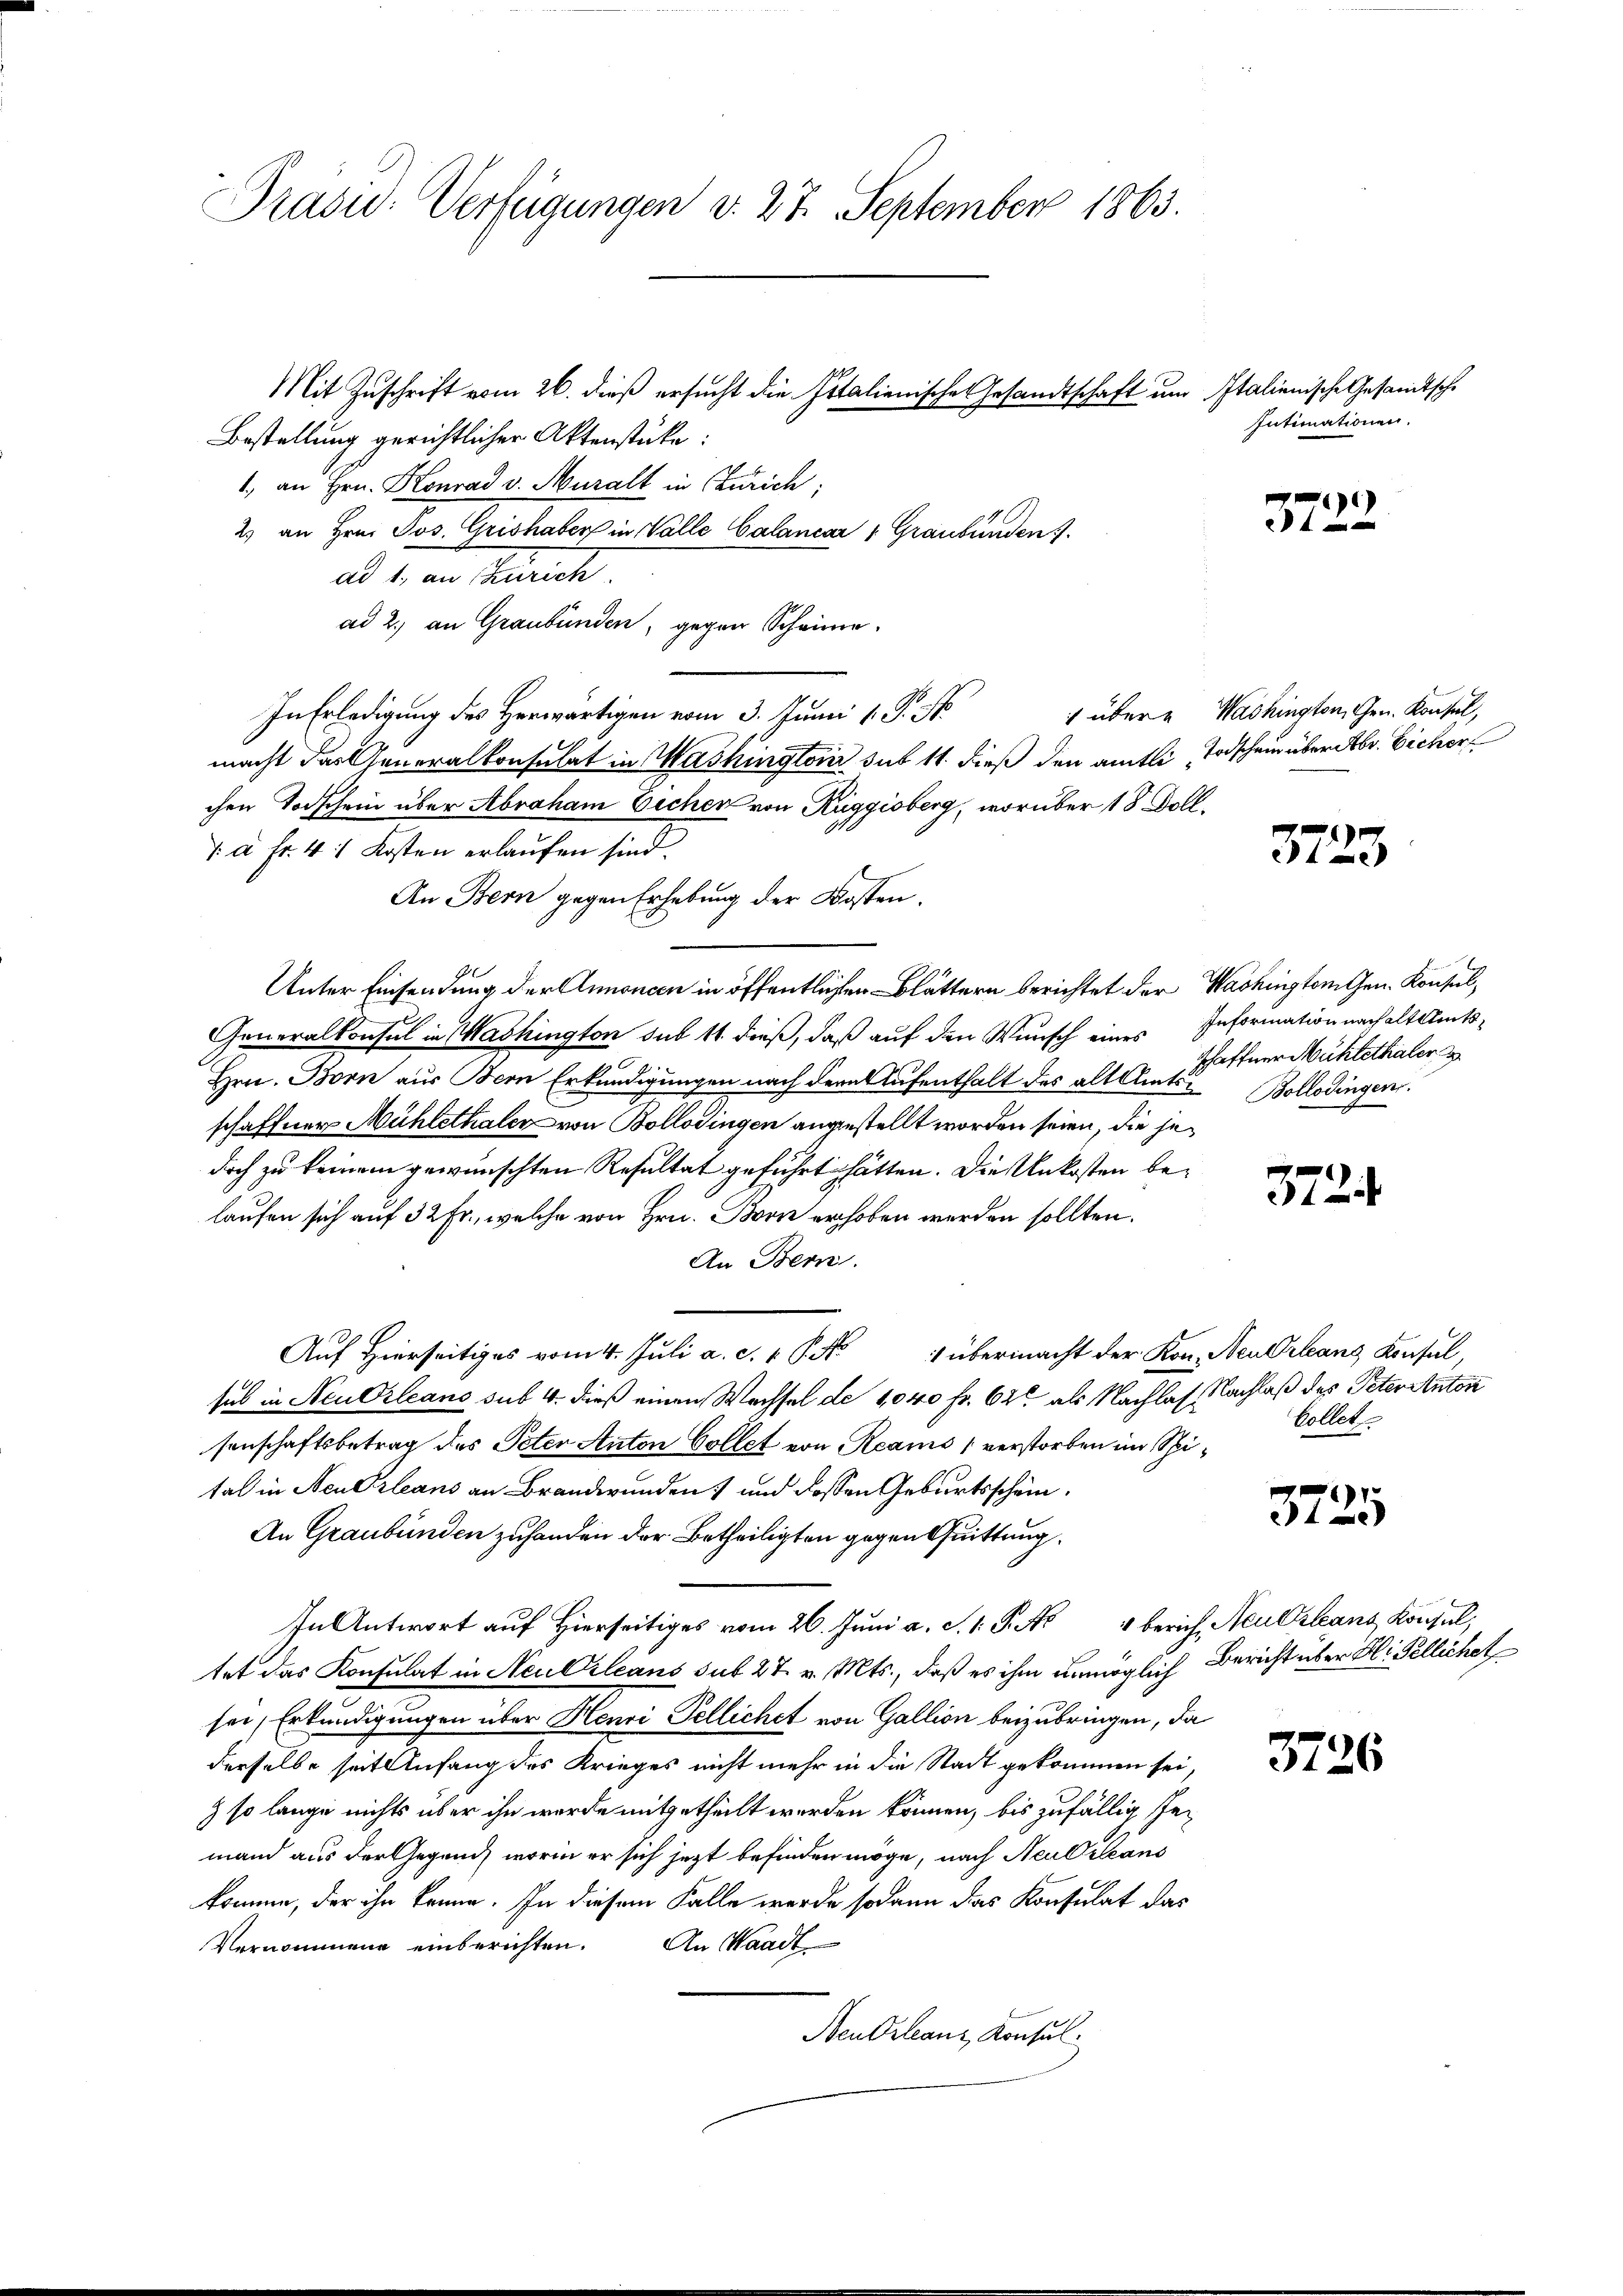
Präsid. Verfügungen v. 27. September 1863.

Bestellung gerichtlicher Aktenstücke:
1. an Hrn. Konrad v. Muralt in Zürich;
2. an Hrn. Jos. Grishaber in Valle Calancar 1 Graubünden.
ad 2. ein Zürich
ad 2., an Graubünden, gegen Scheine
In Erledigung des Herwärtigen vom 3. Junii 1. P. N
macht das Generalkonsulat in Washington sub 11. dieß den amtli, Todschein über Abr. Eicher
chen Todschein über Abraham Eichen von Rüggisberg, worüber 18 Doll¬
. à Fr. 4. Kosten erlaufen sind.
An Bern gegen Erhebung der Kosten.
Unter Einsendung der Annoncen in öffentlichen Blättern berichtet der Washington Gen. Konsul
Generalkonsul in Mashington sub 11. dieß, daß auf den Wunsch eines
Hrn. Born aus Bern Erkundigungen nach der Aufenthalt des alt Amtsschaffner Mühlethaler von Bollodingen angestellt worden seien, die jedoch zu keinem gewünschten Resultat geführt hätten. Die Unkosten belaufen sich auf 32 Fr., welche von Hrn. Bern erhoben werden sollten.
An Bern.
Auf Hierseitiges vom 4. Juli a. c. 1 S. No 1 übermacht der Kon. Neu Orleans Konsul,
sub in Neu Orleans sub 4. dieß einen Wachsel de 1040 fr. 628 als Nachlas Nachlaß des Peter Anton
senschaftsbetrag des Peter Anton Collet von Reams verstorben im Spital in Neu Orleans an Brandwunden und dessen Geburtsschein.
An Graubünden zuhanden der Betheiligten gegen Quittung.
In Antwort auf Hierseitig vom 26. Juni a. S. 1. P. No 4 berich, Neulzleant Konsul,
tet das Konsulat in Neu Orleans sub 27. v. Mts., daß es ihm unmöglich Bericht über H. Pellichet
sei, Erkundigungen über Henri Pellichet von Gallion beizubringen, da
derselbe seit Anfang des Krieges nicht mehr in die Stadt gekommen sei,
) so lange nichts über ihn werde mitgetheilt werden können, bis zufällig semand aus der Gegend, worin er sich jetzt befinden möge, nach Neu Orleans
kommen, der ihn könne. In diesem Falle werde sodann das Konsulat das
Vernommene einberichten. An Waadt
Neu Orleanz, Konsul

Mit Zuschrift vom 26. dieß ersucht die Italienische Gesandtschaft um Italienische Gesandtsche

Intimationen.

3722.

1 über u Washington, Gen. Konsul,

3723

Information nach alt Amtsschaffner Mühlethaler
Bollodingen.

372.

Bollet

3725

3726